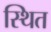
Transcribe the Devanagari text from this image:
स्थित